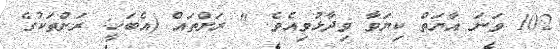
102 ވަނަ އާޔަތް ކިޔަވާ ވިދާޅުވިއެވެ. " ރަށްތައް (އެބަހީ: ރަށްތަކުގެ